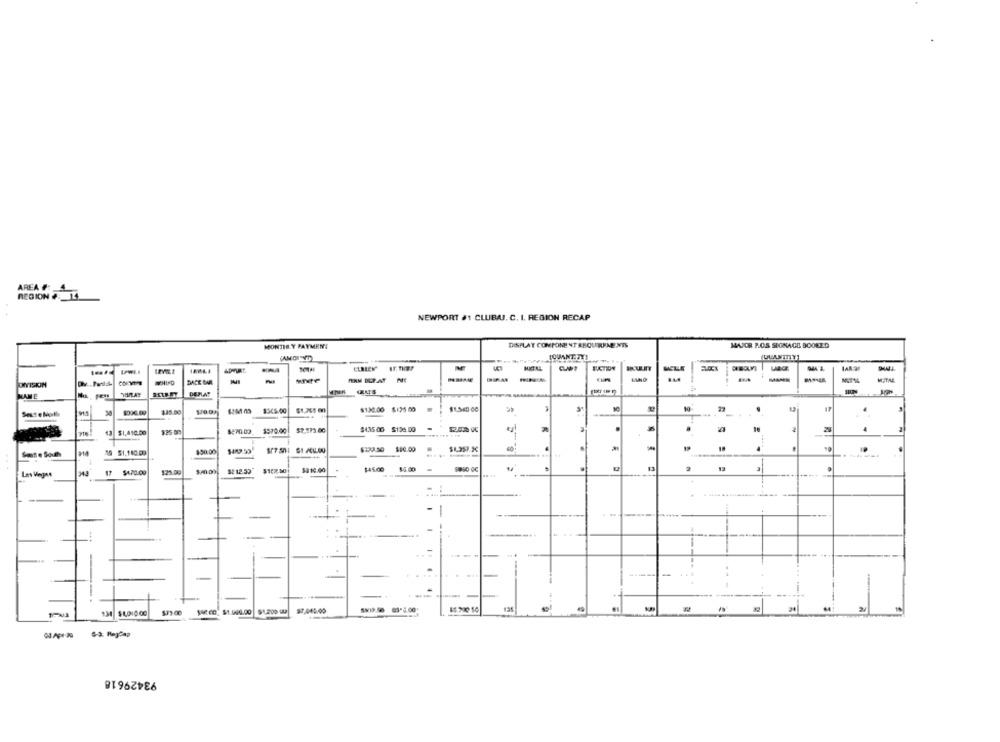
AREA #
REGION # :_ 14
NEWPORT #1 CLUBAJ. C. I. REGION RECAP
MONTIS Y PAYMENT
DISPLAY COMPONENT REQUIREMENTS
MAJOR ROS SIGNAGE BOOKED
SUCTION
-
DACE BAR
NAME
$505.00
$130.00 $125.00
$570.00
$2.275.00
$435 00 $106.00
4
13 $1,410.00
$25 80
914
19 51,140 00
$50.00
$80.00
.
.
Sms e South
145.00
14.00
Las Vegas
17 $170.00
$25.00
82 12.59
-
-
1
..
-
-
20
$4,010.00
$79.00
Sie C: $1.564.00 $1.200 9
$7.040.00
93429618